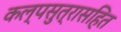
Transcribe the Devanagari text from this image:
कल्पसुत्रासहित